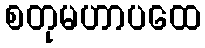
စတုမဟာပထေ